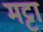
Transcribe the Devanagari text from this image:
मट्टा